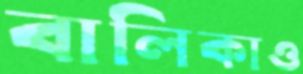
বালিকাও